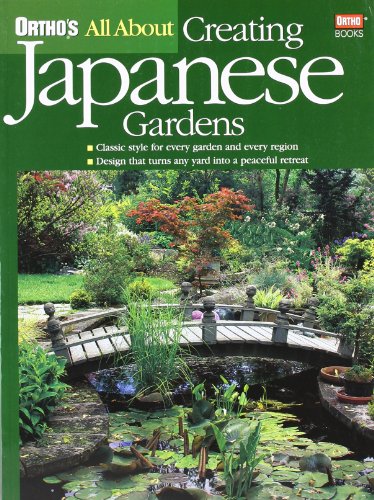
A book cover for Ortho's All About Creating Japanese Gardens; Ortho; Crafts, Hobbies & Home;